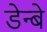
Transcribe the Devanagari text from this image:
डेन्बे